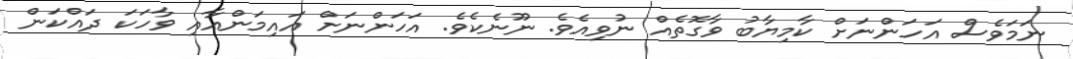
ނަމަވެސް އަހަންނަށް ކާމިޔާބު ވާގޮތެއް ނުވިއެވެ. ނޫނެކެވެ. އަހަންނަށް އައިމަންއާއި ވާހަކަ ދައްކަން